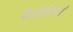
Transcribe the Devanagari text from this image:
पैरोडियां